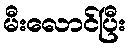
မီးလောင်ပြီး